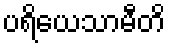
ပရိယေသာမီတိ